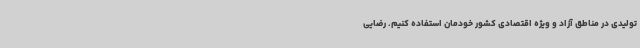
تولیدی در مناطق آزاد و ویژه اقتصادی کشور خودمان استفاده کنیم. رضایی